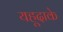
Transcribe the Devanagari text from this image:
यहूदाके